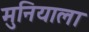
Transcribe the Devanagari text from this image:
मुनियाला